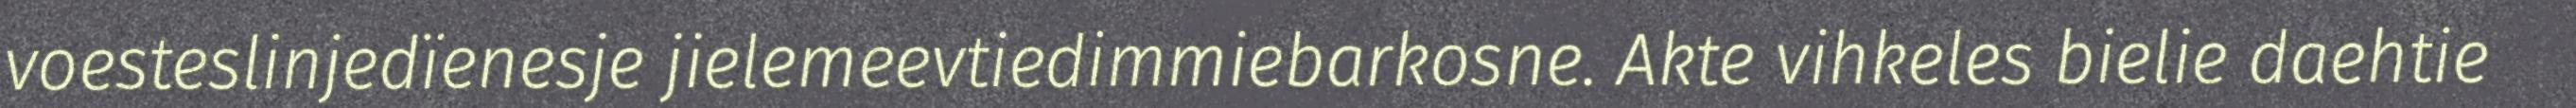
voesteslinjedïenesje jielemeevtiedimmiebarkosne. Akte vihkeles bielie daehtie